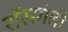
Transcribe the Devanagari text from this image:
रॉस्सोली